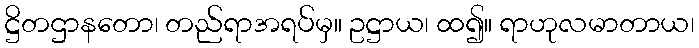
ဋ္ဌိတဌာနတော၊ တည်ရာအရပ်မှ။ ဥဋ္ဌာယ၊ ထ၍။ ရာဟုလမာတာယ၊